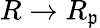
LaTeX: R\to R_{\mathfrak{p}}